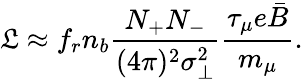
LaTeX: \mathfrak{L}\approx f_{r}n_{b}\frac{N_{+}N_{-}}{(4\pi)^{2}\sigma_{\perp}^{2}}\frac{\tau_{\mu}e\bar{B}}{m_{\mu}}.